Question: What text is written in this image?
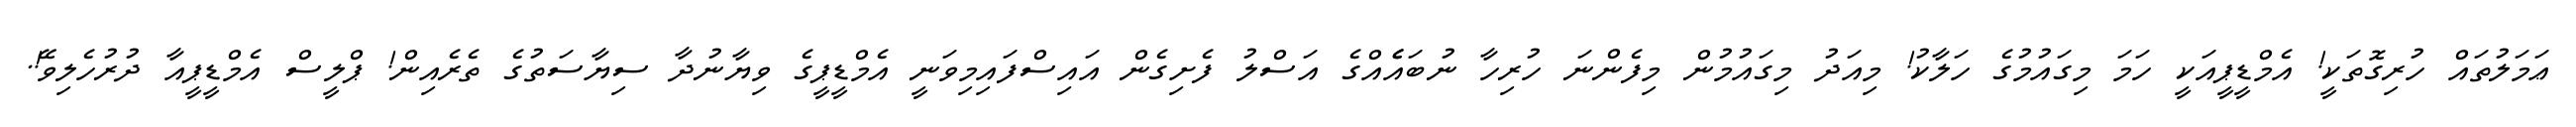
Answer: ޢަމަލުތައް ހުރިގޮތަކީ! އެމްޑީޕީއަކީ ހަމަ މިގައުމުގެ ހަލާކު! މިއަދު މިގައުމުން މިފެންނަ ހުރިހާ ނުބައެެއްގެ އަސްލު ފެށިގެން އައިސްފައިމިވަނީ އެމްޑީޕީގެ ވިޔާނުދާ ސިޔާސަތުގެ ތެރެއިން! ޕްލީސް އެމްޑީޕީއާ ދުރުހެލިވޭ!.